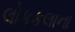
લોકકલાના